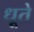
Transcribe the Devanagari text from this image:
धूते